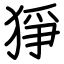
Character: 猙